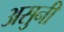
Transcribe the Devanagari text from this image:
असुनी